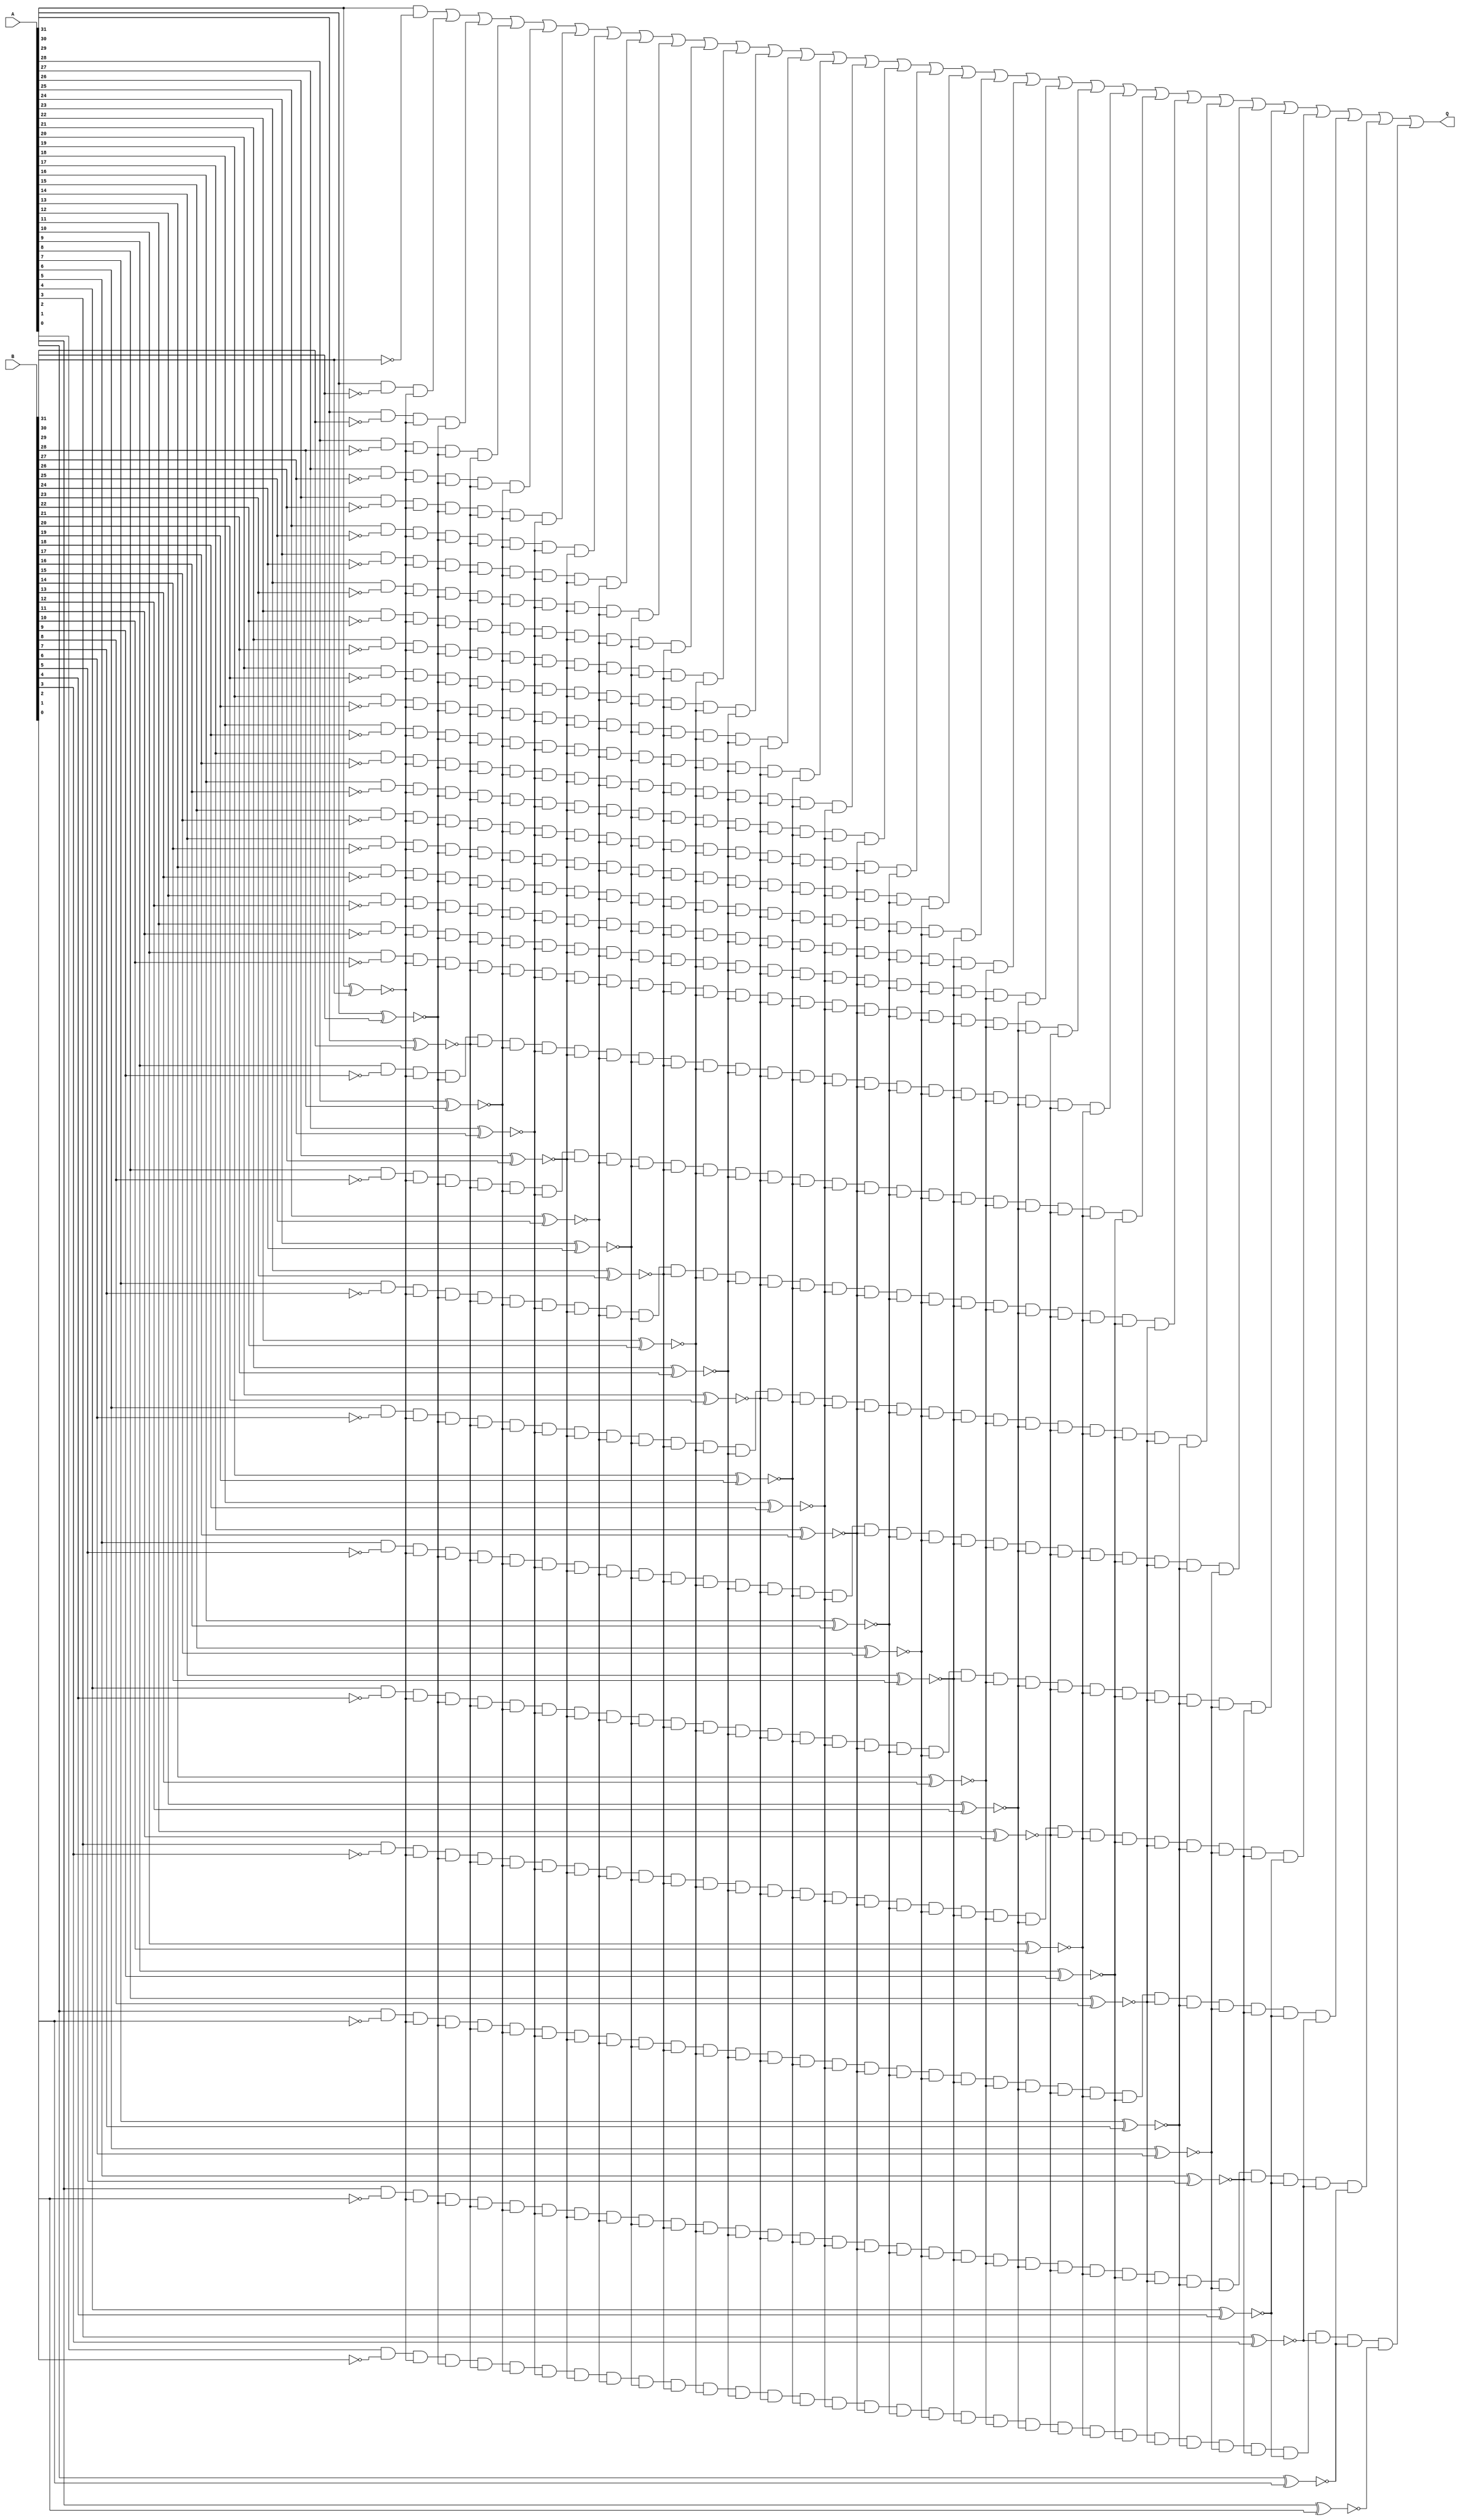
module checkbig(A, B, Q);
	input [31:0] A, B;
	output Q;
	wire [31:0] rev_B, bit, rev_xor, state;
	not not31(rev_B[31], B[31]);
	not not30(rev_B[30], B[30]);
	not not29(rev_B[29], B[29]);
	not not28(rev_B[28], B[28]);
	not not27(rev_B[27], B[27]);
	not not26(rev_B[26], B[26]);
	not not25(rev_B[25], B[25]);
	not not24(rev_B[24], B[24]);
	not not23(rev_B[23], B[23]);
	not not22(rev_B[22], B[22]);
	not not21(rev_B[21], B[21]);
	not not20(rev_B[20], B[20]);
	not not19(rev_B[19], B[19]);
	not not18(rev_B[18], B[18]);
	not not17(rev_B[17], B[17]);
	not not16(rev_B[16], B[16]);
	not not15(rev_B[15], B[15]);
	not not14(rev_B[14], B[14]);
	not not13(rev_B[13], B[13]);
	not not12(rev_B[12], B[12]);
	not not11(rev_B[11], B[11]);
	not not10(rev_B[10], B[10]);
	not not9(rev_B[9], B[9]);
	not not8(rev_B[8], B[8]);
	not not7(rev_B[7], B[7]);
	not not6(rev_B[6], B[6]);
	not not5(rev_B[5], B[5]);
	not not4(rev_B[4], B[4]);
	not not3(rev_B[3], B[3]);
	not not2(rev_B[2], B[2]);
	not not1(rev_B[1], B[1]);
	not not0(rev_B[0], B[0]);

	xor xor31(bit[31], A[31], B[31]);
	xor xor30(bit[30], A[30], B[30]);
	xor xor29(bit[29], A[29], B[29]);
	xor xor28(bit[28], A[28], B[28]);
	xor xor27(bit[27], A[27], B[27]);
	xor xor26(bit[26], A[26], B[26]);
	xor xor25(bit[25], A[25], B[25]);
	xor xor24(bit[24], A[24], B[24]);
	xor xor23(bit[23], A[23], B[23]);
	xor xor22(bit[22], A[22], B[22]);
	xor xor21(bit[21], A[21], B[21]);
	xor xor20(bit[20], A[20], B[20]);
	xor xor19(bit[19], A[19], B[19]);
	xor xor18(bit[18], A[18], B[18]);
	xor xor17(bit[17], A[17], B[17]);
	xor xor16(bit[16], A[16], B[16]);
	xor xor15(bit[15], A[15], B[15]);
	xor xor14(bit[14], A[14], B[14]);
	xor xor13(bit[13], A[13], B[13]);
	xor xor12(bit[12], A[12], B[12]);
	xor xor11(bit[11], A[11], B[11]);
	xor xor10(bit[10], A[10], B[10]);
	xor xor9(bit[9], A[9], B[9]);
	xor xor8(bit[8], A[8], B[8]);
	xor xor7(bit[7], A[7], B[7]);
	xor xor6(bit[6], A[6], B[6]);
	xor xor5(bit[5], A[5], B[5]);
	xor xor4(bit[4], A[4], B[4]);
	xor xor3(bit[3], A[3], B[3]);
	xor xor2(bit[2], A[2], B[2]);
	xor xor1(bit[1], A[1], B[1]);
	xor xor0(bit[0], A[0], B[0]);

	not not63(rev_xor[31], bit[31]);
	not not62(rev_xor[30], bit[30]);
	not not61(rev_xor[29], bit[29]);
	not not60(rev_xor[28], bit[28]);
	not not59(rev_xor[27], bit[27]);
	not not58(rev_xor[26], bit[26]);
	not not57(rev_xor[25], bit[25]);
	not not56(rev_xor[24], bit[24]);
	not not55(rev_xor[23], bit[23]);
	not not54(rev_xor[22], bit[22]);
	not not53(rev_xor[21], bit[21]);
	not not52(rev_xor[20], bit[20]);
	not not51(rev_xor[19], bit[19]);
	not not50(rev_xor[18], bit[18]);
	not not49(rev_xor[17], bit[17]);
	not not48(rev_xor[16], bit[16]);
	not not47(rev_xor[15], bit[15]);
	not not46(rev_xor[14], bit[14]);
	not not45(rev_xor[13], bit[13]);
	not not44(rev_xor[12], bit[12]);
	not not43(rev_xor[11], bit[11]);
	not not42(rev_xor[10], bit[10]);
	not not41(rev_xor[9], bit[9]);
	not not40(rev_xor[8], bit[8]);
	not not39(rev_xor[7], bit[7]);
	not not38(rev_xor[6], bit[6]);
	not not37(rev_xor[5], bit[5]);
	not not36(rev_xor[4], bit[4]);
	not not35(rev_xor[3], bit[3]);
	not not34(rev_xor[2], bit[2]);
	not not33(rev_xor[1], bit[1]);
	not not32(rev_xor[0], bit[0]);

	and and31(state[31], A[31], rev_B[31]);
	and and30(state[30], A[30], rev_B[30], rev_xor[31]);
	and and29(state[29], A[29], rev_B[29], rev_xor[31], rev_xor[30]);
	and and28(state[28], A[28], rev_B[28], rev_xor[31], rev_xor[30], rev_xor[29]);
	and and27(state[27], A[27], rev_B[27], rev_xor[31], rev_xor[30], rev_xor[29], rev_xor[28]);
	and and26(state[26], A[26], rev_B[26], rev_xor[31], rev_xor[30], rev_xor[29], rev_xor[28], rev_xor[27]);
	and and25(state[25], A[25], rev_B[25], rev_xor[31], rev_xor[30], rev_xor[29], rev_xor[28], rev_xor[27], rev_xor[26]);
	and and24(state[24], A[24], rev_B[24], rev_xor[31], rev_xor[30], rev_xor[29], rev_xor[28], rev_xor[27], rev_xor[26], rev_xor[25]);
	and and23(state[23], A[23], rev_B[23], rev_xor[31], rev_xor[30], rev_xor[29], rev_xor[28], rev_xor[27], rev_xor[26], rev_xor[25], rev_xor[24]);
	and and22(state[22], A[22], rev_B[22], rev_xor[31], rev_xor[30], rev_xor[29], rev_xor[28], rev_xor[27], rev_xor[26], rev_xor[25], rev_xor[24], rev_xor[23]);
	and and21(state[21], A[21], rev_B[21], rev_xor[31], rev_xor[30], rev_xor[29], rev_xor[28], rev_xor[27], rev_xor[26], rev_xor[25], rev_xor[24], rev_xor[23], rev_xor[22]);
	and and20(state[20], A[20], rev_B[20], rev_xor[31], rev_xor[30], rev_xor[29], rev_xor[28], rev_xor[27], rev_xor[26], rev_xor[25], rev_xor[24], rev_xor[23], rev_xor[22], rev_xor[21]);
	and and19(state[19], A[19], rev_B[19], rev_xor[31], rev_xor[30], rev_xor[29], rev_xor[28], rev_xor[27], rev_xor[26], rev_xor[25], rev_xor[24], rev_xor[23], rev_xor[22], rev_xor[21], rev_xor[20]);
	and and18(state[18], A[18], rev_B[18], rev_xor[31], rev_xor[30], rev_xor[29], rev_xor[28], rev_xor[27], rev_xor[26], rev_xor[25], rev_xor[24], rev_xor[23], rev_xor[22], rev_xor[21], rev_xor[20], rev_xor[19]);
	and and17(state[17], A[17], rev_B[17], rev_xor[31], rev_xor[30], rev_xor[29], rev_xor[28], rev_xor[27], rev_xor[26], rev_xor[25], rev_xor[24], rev_xor[23], rev_xor[22], rev_xor[21], rev_xor[20], rev_xor[19], rev_xor[18]);
	and and16(state[16], A[16], rev_B[16], rev_xor[31], rev_xor[30], rev_xor[29], rev_xor[28], rev_xor[27], rev_xor[26], rev_xor[25], rev_xor[24], rev_xor[23], rev_xor[22], rev_xor[21], rev_xor[20], rev_xor[19], rev_xor[18], rev_xor[17]);
	and and15(state[15], A[15], rev_B[15], rev_xor[31], rev_xor[30], rev_xor[29], rev_xor[28], rev_xor[27], rev_xor[26], rev_xor[25], rev_xor[24], rev_xor[23], rev_xor[22], rev_xor[21], rev_xor[20], rev_xor[19], rev_xor[18], rev_xor[17], rev_xor[16]);
	and and14(state[14], A[14], rev_B[14], rev_xor[31], rev_xor[30], rev_xor[29], rev_xor[28], rev_xor[27], rev_xor[26], rev_xor[25], rev_xor[24], rev_xor[23], rev_xor[22], rev_xor[21], rev_xor[20], rev_xor[19], rev_xor[18], rev_xor[17], rev_xor[16], rev_xor[15]);
	and and13(state[13], A[13], rev_B[13], rev_xor[31], rev_xor[30], rev_xor[29], rev_xor[28], rev_xor[27], rev_xor[26], rev_xor[25], rev_xor[24], rev_xor[23], rev_xor[22], rev_xor[21], rev_xor[20], rev_xor[19], rev_xor[18], rev_xor[17], rev_xor[16], rev_xor[15], rev_xor[14]);
	and and12(state[12], A[12], rev_B[12], rev_xor[31], rev_xor[30], rev_xor[29], rev_xor[28], rev_xor[27], rev_xor[26], rev_xor[25], rev_xor[24], rev_xor[23], rev_xor[22], rev_xor[21], rev_xor[20], rev_xor[19], rev_xor[18], rev_xor[17], rev_xor[16], rev_xor[15], rev_xor[14], rev_xor[13]);
	and and11(state[11], A[11], rev_B[11], rev_xor[31], rev_xor[30], rev_xor[29], rev_xor[28], rev_xor[27], rev_xor[26], rev_xor[25], rev_xor[24], rev_xor[23], rev_xor[22], rev_xor[21], rev_xor[20], rev_xor[19], rev_xor[18], rev_xor[17], rev_xor[16], rev_xor[15], rev_xor[14], rev_xor[13], rev_xor[12]);
	and and10(state[10], A[10], rev_B[10], rev_xor[31], rev_xor[30], rev_xor[29], rev_xor[28], rev_xor[27], rev_xor[26], rev_xor[25], rev_xor[24], rev_xor[23], rev_xor[22], rev_xor[21], rev_xor[20], rev_xor[19], rev_xor[18], rev_xor[17], rev_xor[16], rev_xor[15], rev_xor[14], rev_xor[13], rev_xor[12], rev_xor[11]);
	and and9(state[9], A[9], rev_B[9], rev_xor[31], rev_xor[30], rev_xor[29], rev_xor[28], rev_xor[27], rev_xor[26], rev_xor[25], rev_xor[24], rev_xor[23], rev_xor[22], rev_xor[21], rev_xor[20], rev_xor[19], rev_xor[18], rev_xor[17], rev_xor[16], rev_xor[15], rev_xor[14], rev_xor[13], rev_xor[12], rev_xor[11], rev_xor[10]);
	and and8(state[8], A[8], rev_B[8], rev_xor[31], rev_xor[30], rev_xor[29], rev_xor[28], rev_xor[27], rev_xor[26], rev_xor[25], rev_xor[24], rev_xor[23], rev_xor[22], rev_xor[21], rev_xor[20], rev_xor[19], rev_xor[18], rev_xor[17], rev_xor[16], rev_xor[15], rev_xor[14], rev_xor[13], rev_xor[12], rev_xor[11], rev_xor[10], rev_xor[9]);
	and and7(state[7], A[7], rev_B[7], rev_xor[31], rev_xor[30], rev_xor[29], rev_xor[28], rev_xor[27], rev_xor[26], rev_xor[25], rev_xor[24], rev_xor[23], rev_xor[22], rev_xor[21], rev_xor[20], rev_xor[19], rev_xor[18], rev_xor[17], rev_xor[16], rev_xor[15], rev_xor[14], rev_xor[13], rev_xor[12], rev_xor[11], rev_xor[10], rev_xor[9], rev_xor[8]);
	and and6(state[6], A[6], rev_B[6], rev_xor[31], rev_xor[30], rev_xor[29], rev_xor[28], rev_xor[27], rev_xor[26], rev_xor[25], rev_xor[24], rev_xor[23], rev_xor[22], rev_xor[21], rev_xor[20], rev_xor[19], rev_xor[18], rev_xor[17], rev_xor[16], rev_xor[15], rev_xor[14], rev_xor[13], rev_xor[12], rev_xor[11], rev_xor[10], rev_xor[9], rev_xor[8], rev_xor[7]);
	and and5(state[5], A[5], rev_B[5], rev_xor[31], rev_xor[30], rev_xor[29], rev_xor[28], rev_xor[27], rev_xor[26], rev_xor[25], rev_xor[24], rev_xor[23], rev_xor[22], rev_xor[21], rev_xor[20], rev_xor[19], rev_xor[18], rev_xor[17], rev_xor[16], rev_xor[15], rev_xor[14], rev_xor[13], rev_xor[12], rev_xor[11], rev_xor[10], rev_xor[9], rev_xor[8], rev_xor[7], rev_xor[6]);
	and and4(state[4], A[4], rev_B[4], rev_xor[31], rev_xor[30], rev_xor[29], rev_xor[28], rev_xor[27], rev_xor[26], rev_xor[25], rev_xor[24], rev_xor[23], rev_xor[22], rev_xor[21], rev_xor[20], rev_xor[19], rev_xor[18], rev_xor[17], rev_xor[16], rev_xor[15], rev_xor[14], rev_xor[13], rev_xor[12], rev_xor[11], rev_xor[10], rev_xor[9], rev_xor[8], rev_xor[7], rev_xor[6], rev_xor[5]);
	and and3(state[3], A[3], rev_B[3], rev_xor[31], rev_xor[30], rev_xor[29], rev_xor[28], rev_xor[27], rev_xor[26], rev_xor[25], rev_xor[24], rev_xor[23], rev_xor[22], rev_xor[21], rev_xor[20], rev_xor[19], rev_xor[18], rev_xor[17], rev_xor[16], rev_xor[15], rev_xor[14], rev_xor[13], rev_xor[12], rev_xor[11], rev_xor[10], rev_xor[9], rev_xor[8], rev_xor[7], rev_xor[6], rev_xor[5], rev_xor[4]);
	and and2(state[2], A[2], rev_B[2], rev_xor[31], rev_xor[30], rev_xor[29], rev_xor[28], rev_xor[27], rev_xor[26], rev_xor[25], rev_xor[24], rev_xor[23], rev_xor[22], rev_xor[21], rev_xor[20], rev_xor[19], rev_xor[18], rev_xor[17], rev_xor[16], rev_xor[15], rev_xor[14], rev_xor[13], rev_xor[12], rev_xor[11], rev_xor[10], rev_xor[9], rev_xor[8], rev_xor[7], rev_xor[6], rev_xor[5], rev_xor[4], rev_xor[3]);
	and and1(state[1], A[1], rev_B[1], rev_xor[31], rev_xor[30], rev_xor[29], rev_xor[28], rev_xor[27], rev_xor[26], rev_xor[25], rev_xor[24], rev_xor[23], rev_xor[22], rev_xor[21], rev_xor[20], rev_xor[19], rev_xor[18], rev_xor[17], rev_xor[16], rev_xor[15], rev_xor[14], rev_xor[13], rev_xor[12], rev_xor[11], rev_xor[10], rev_xor[9], rev_xor[8], rev_xor[7], rev_xor[6], rev_xor[5], rev_xor[4], rev_xor[3], rev_xor[2]);
	and and0(state[0], A[0], rev_B[0], rev_xor[31], rev_xor[30], rev_xor[29], rev_xor[28], rev_xor[27], rev_xor[26], rev_xor[25], rev_xor[24], rev_xor[23], rev_xor[22], rev_xor[21], rev_xor[20], rev_xor[19], rev_xor[18], rev_xor[17], rev_xor[16], rev_xor[15], rev_xor[14], rev_xor[13], rev_xor[12], rev_xor[11], rev_xor[10], rev_xor[9], rev_xor[8], rev_xor[7], rev_xor[6], rev_xor[5], rev_xor[4], rev_xor[3], rev_xor[2], rev_xor[1]);

	or ans(Q, state[31], state[30], state[29], state[28], state[27], state[26], state[25], state[24], state[23], state[22], state[21], state[20], state[19], state[18], state[17], state[16], state[15], state[14], state[13], state[12], state[11], state[10], state[9], state[8], state[7], state[6], state[5], state[4], state[3], state[2], state[1], state[0]);
endmodule